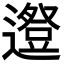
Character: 𨗱